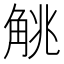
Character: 𬢖